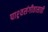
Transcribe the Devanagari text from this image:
पाश्र्वसंगीतासाठी